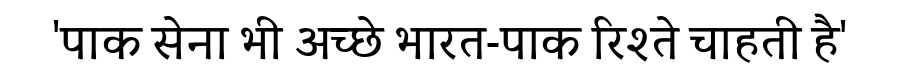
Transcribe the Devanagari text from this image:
'पाक सेना भी अच्छे भारत-पाक रिश्ते चाहती है'